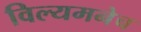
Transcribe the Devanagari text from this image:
विल्यमनेच